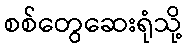
စစ်တွေဆေးရုံသို့